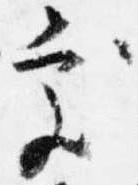
処